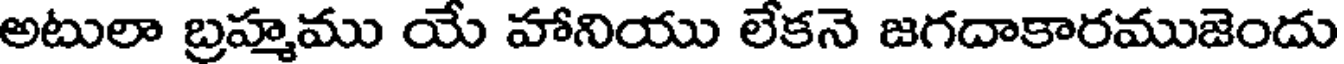
అటులా బ్రహ్మము యే హానియు లేకనె జగదాకారముజెందు